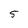
Character: 5